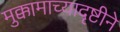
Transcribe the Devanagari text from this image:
मुक्कामाच्यादृष्टीने